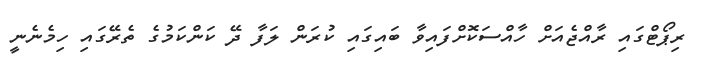
ރިޕޯޓްގައި ރާއްޖެއަށް ހާއްސަކޮށްފައިވާ ބައިގައި ކުރަން ލަފާ ދޭ ކަންކަމުގެ ތެރޭގައި ހިމެނެނީ